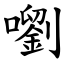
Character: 嚠